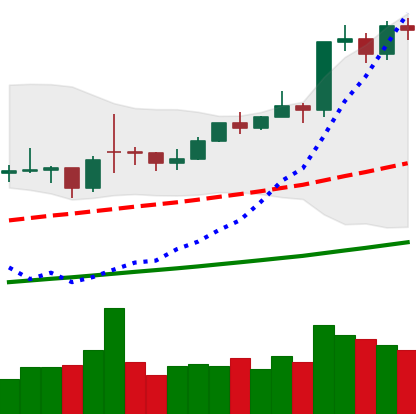
Ticker: BTC-USD
Chart end date: 2021-02-12
Forward return: 9.776%
Label: up_7plus